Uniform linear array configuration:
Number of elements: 32
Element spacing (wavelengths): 0.25
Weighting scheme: hann
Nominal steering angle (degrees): -60
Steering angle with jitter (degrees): -60.319
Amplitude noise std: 0.05
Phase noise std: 0.05

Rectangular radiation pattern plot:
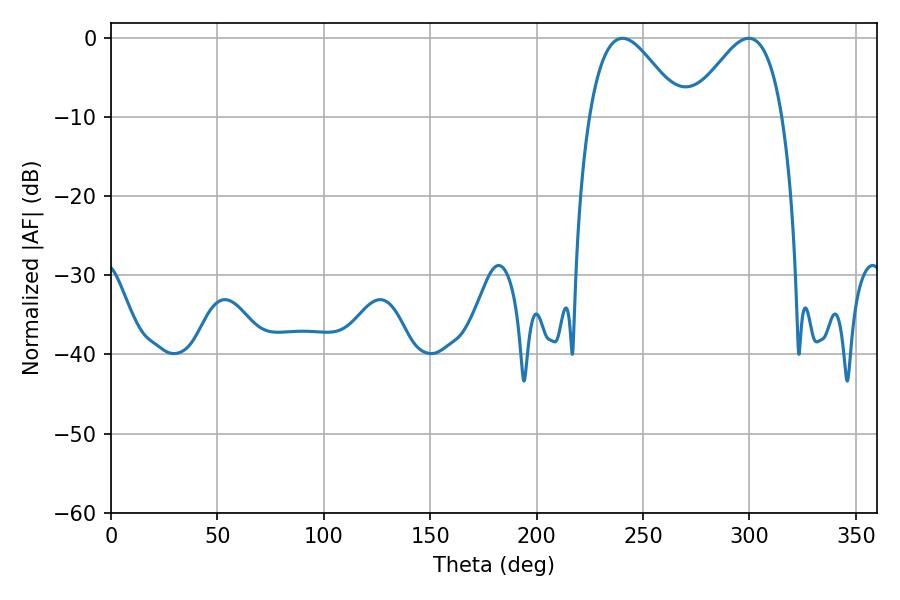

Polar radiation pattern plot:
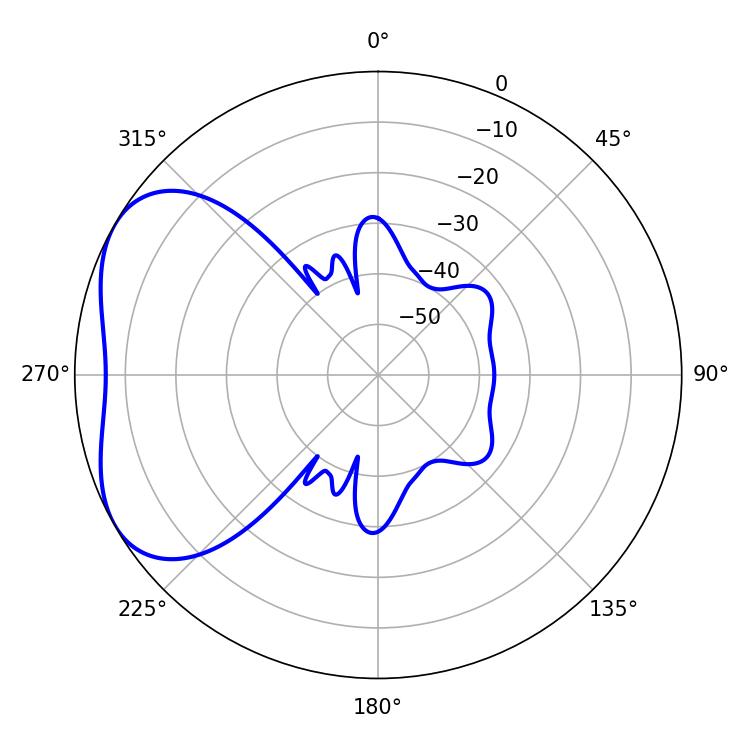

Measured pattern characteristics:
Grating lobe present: FALSE
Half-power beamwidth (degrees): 23.22
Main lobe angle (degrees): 240.3